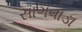
સાગવાડા